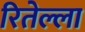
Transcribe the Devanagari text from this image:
रितेल्ला